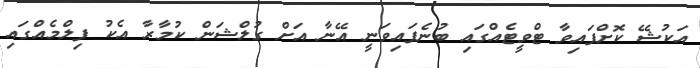
އަކުޝޭ ކޮށްފައިވާ ޓްވީޓެއްގައި ބުނެފައިވަނީ އޭނާ އަށް ގުލްޝަން ކުމާރާ އެކު ފިލްމެއްގައިި